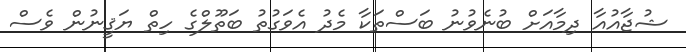
ޝުޖާއުއާ ދިމާއަށް ބުނެވުނު ބަސްތަކާ މެދު އެވަގުތު ބަތޫލްގެ ހިތް ޔަޤީނުން ވެސް